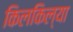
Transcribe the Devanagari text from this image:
किलकिल्या